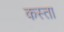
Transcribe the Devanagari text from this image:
कस्‍ता